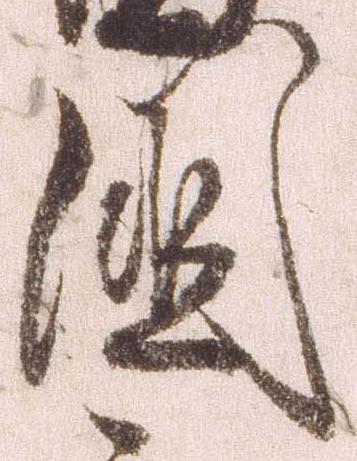
国